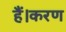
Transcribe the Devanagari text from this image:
हैं।करण